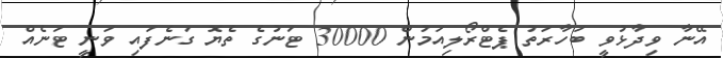
އޭނާ ވިދާޅުވީ ބަހާރަތު ޕެޓްރޯލިއަމުން 30000 ޓަނުގެ ތެޔޮ ގަނެފައި ވަނީ ޓަނެއް